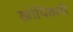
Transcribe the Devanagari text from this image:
खोपिवली